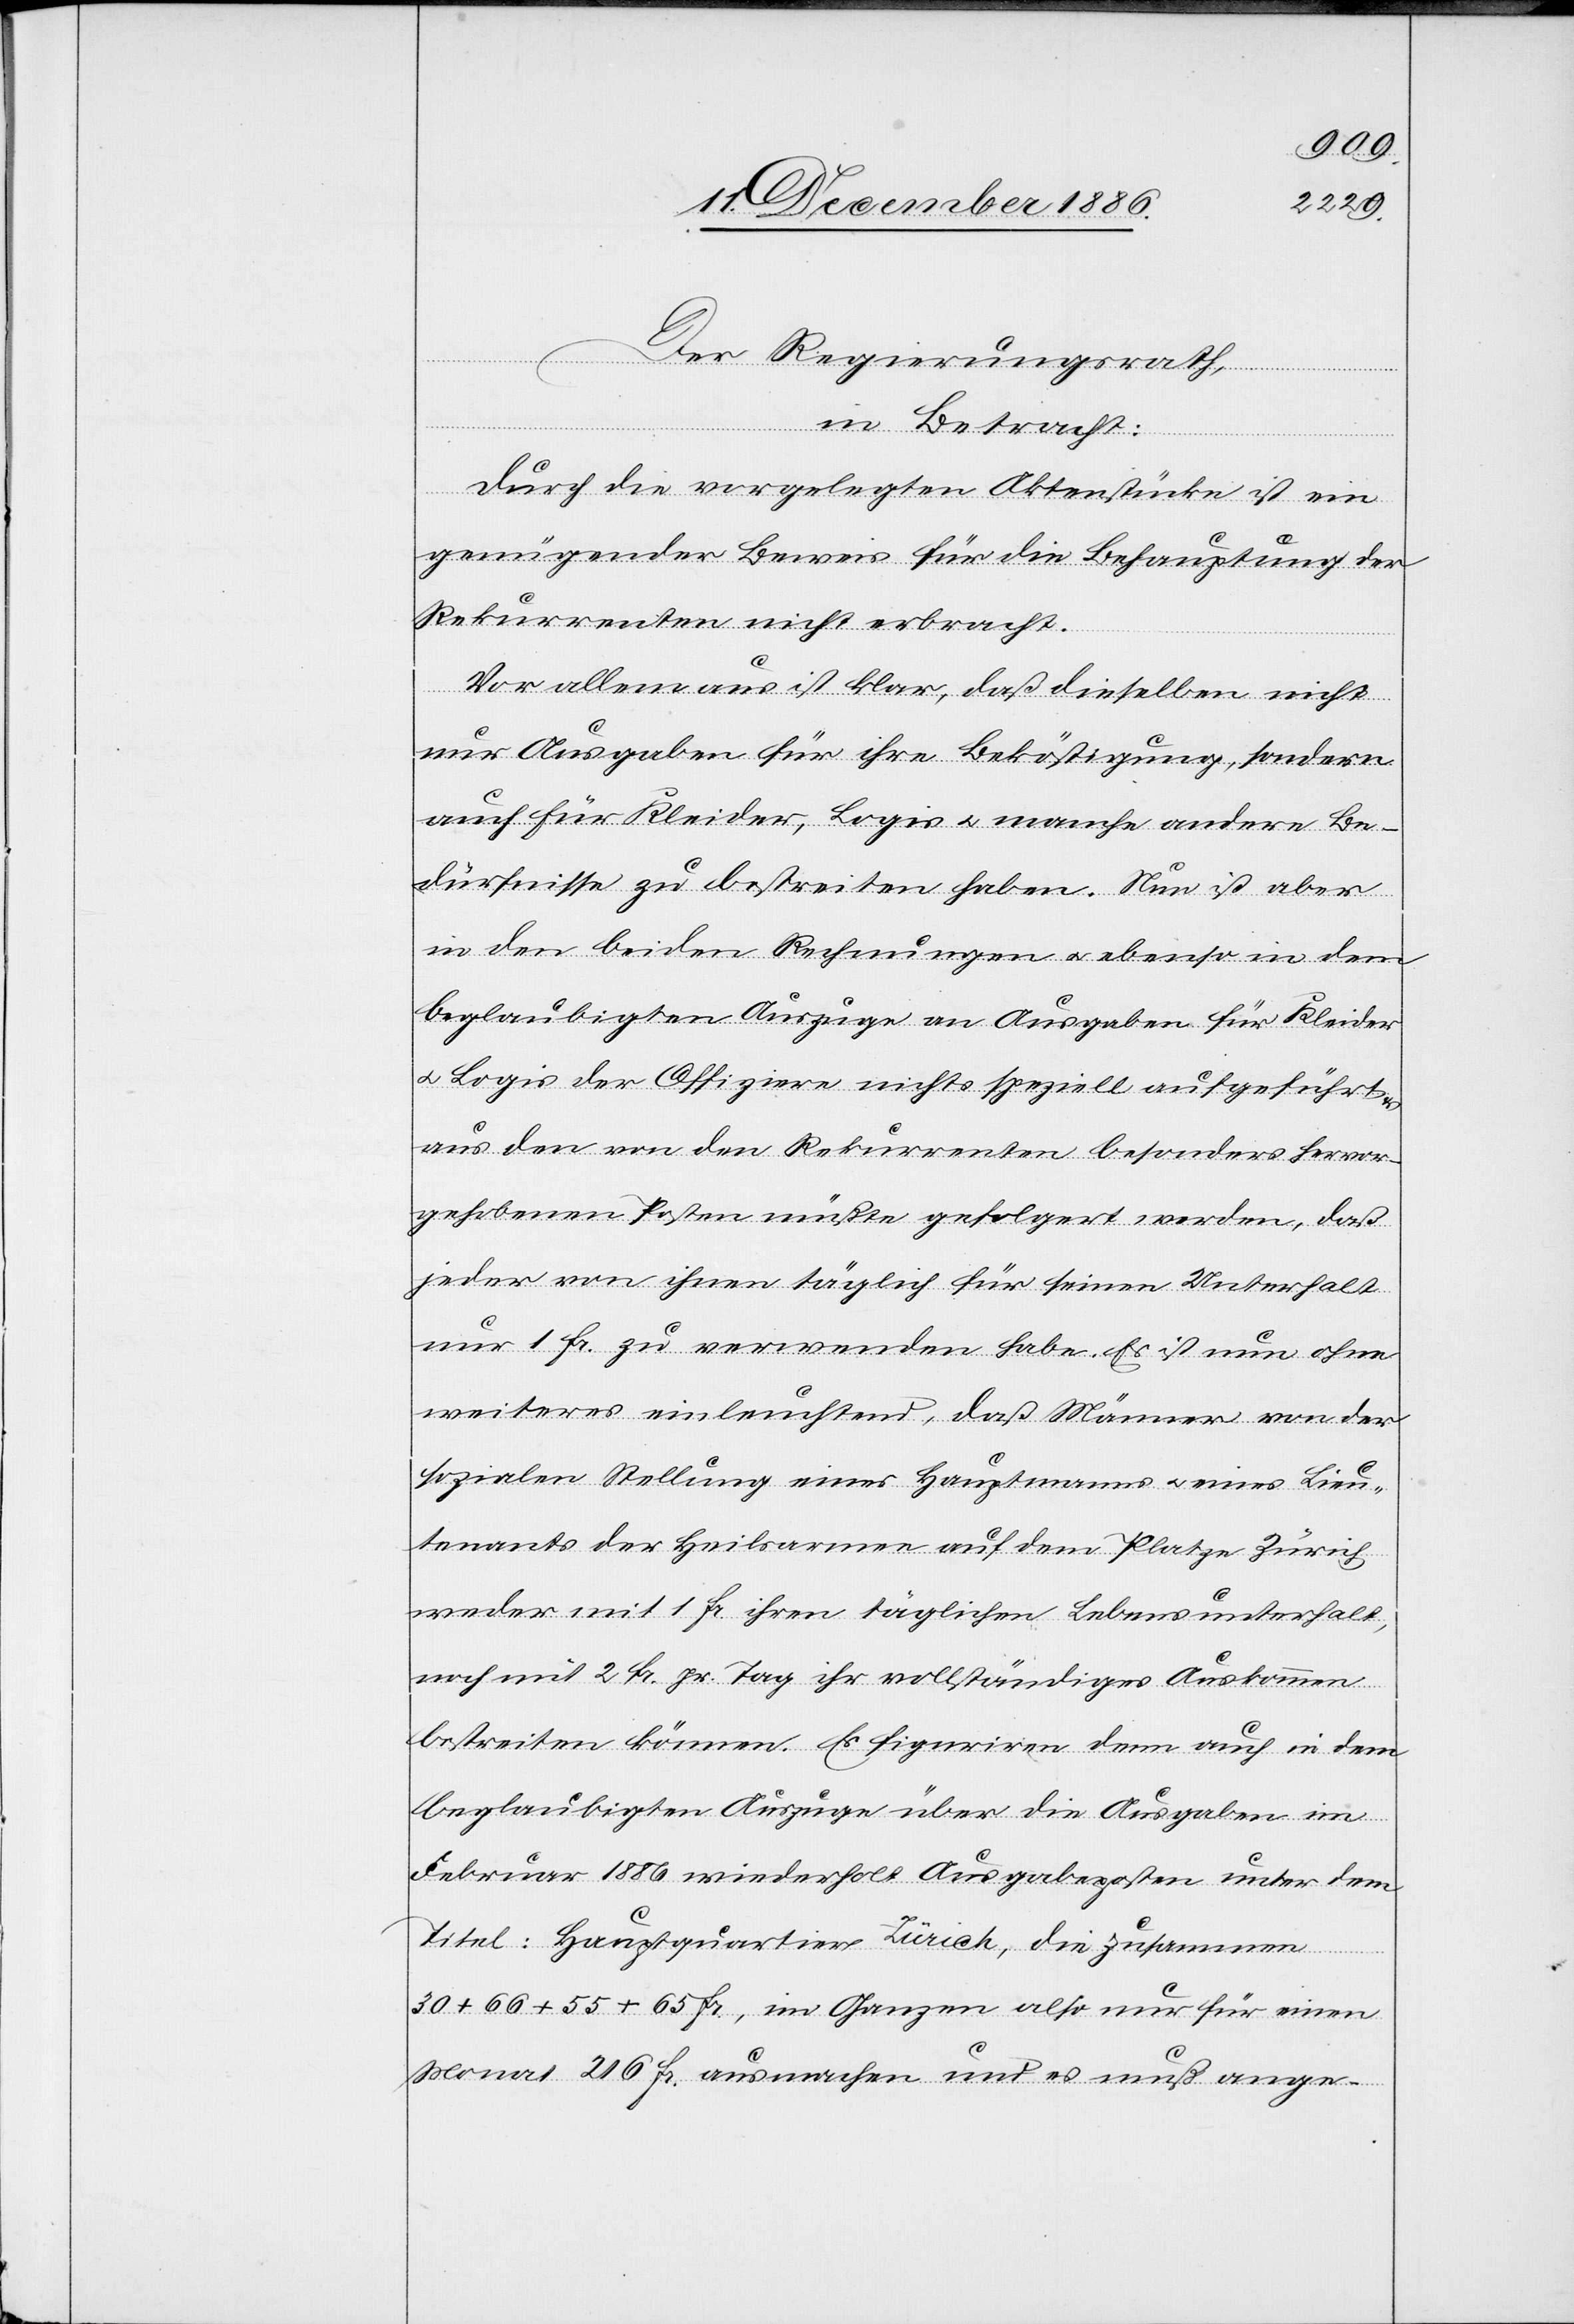
Der Regierungsrath,
in Betracht:
Durch die vorgelegten Aktenstücke ist ein
genügender Beweis für die Behauptung der
Rekurrenten nicht erbracht.
Vor allem aus ist klar, daß dieselben nicht
nur Ausgaben für ihre Beköstigung, sondern
auch für Kleider, Logis & manche andere Be¬
dürfnisse zu bestreiten haben. Nun ist aber
in den beiden Rechnungen & ebenso in dem
beglaubigten Auszuge an Ausgaben für Kleider
& Logis der Offiziere nichts speziell aufgeführt
aus den von den Rekurrenten besonders hervor
gehobenen Posten müßte gefolgert werden, daß
jeder von ihnen täglich für seinen Unterhalt
nur 1 Fr. zu verwenden habe. Es ist nun ohne
weiteres einleuchtend, daß Männer von der
sozialen Stellung eines Hauptmanns & eines Lieu¬
tenants der Heilsarmee auf dem Platze Zürich
weder mit 1 Fr. ihren täglichen Lebensunterhalt,
noch mit 2 Fr. pr. Tag ihr vollständiges Auskommen
bestreiten können. Es figuriren denn auch in dem
beglaubigten Auszuge über die Ausgaben im
Februar 1886 wiederholt Ausgabeposten unter dem
Titel: Hauptquartier Zürich, die zusammen
30 + 66 + 55 + 65 Fr., im Ganzen also nur für einen
Monat 216 Fr. ausmachen und es muß ange-